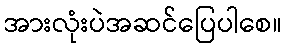
အားလုံးပဲအဆင်ပြေပါစေ။